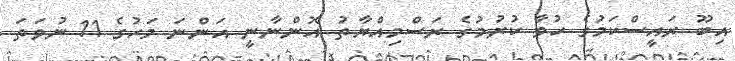
އިބޫ ރައީސްކަމުގެ ހުވާ ކުރުމުގެ ރަސްމިއްޔާތު އޮންނާނީ އަންނަ މަހުގެ 11 ނުވަތަ